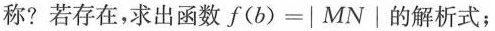
称?若存在，求出函数$$f(b)=|MN|$$的解析式；